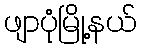
ဖျာပုံမြို့နယ်